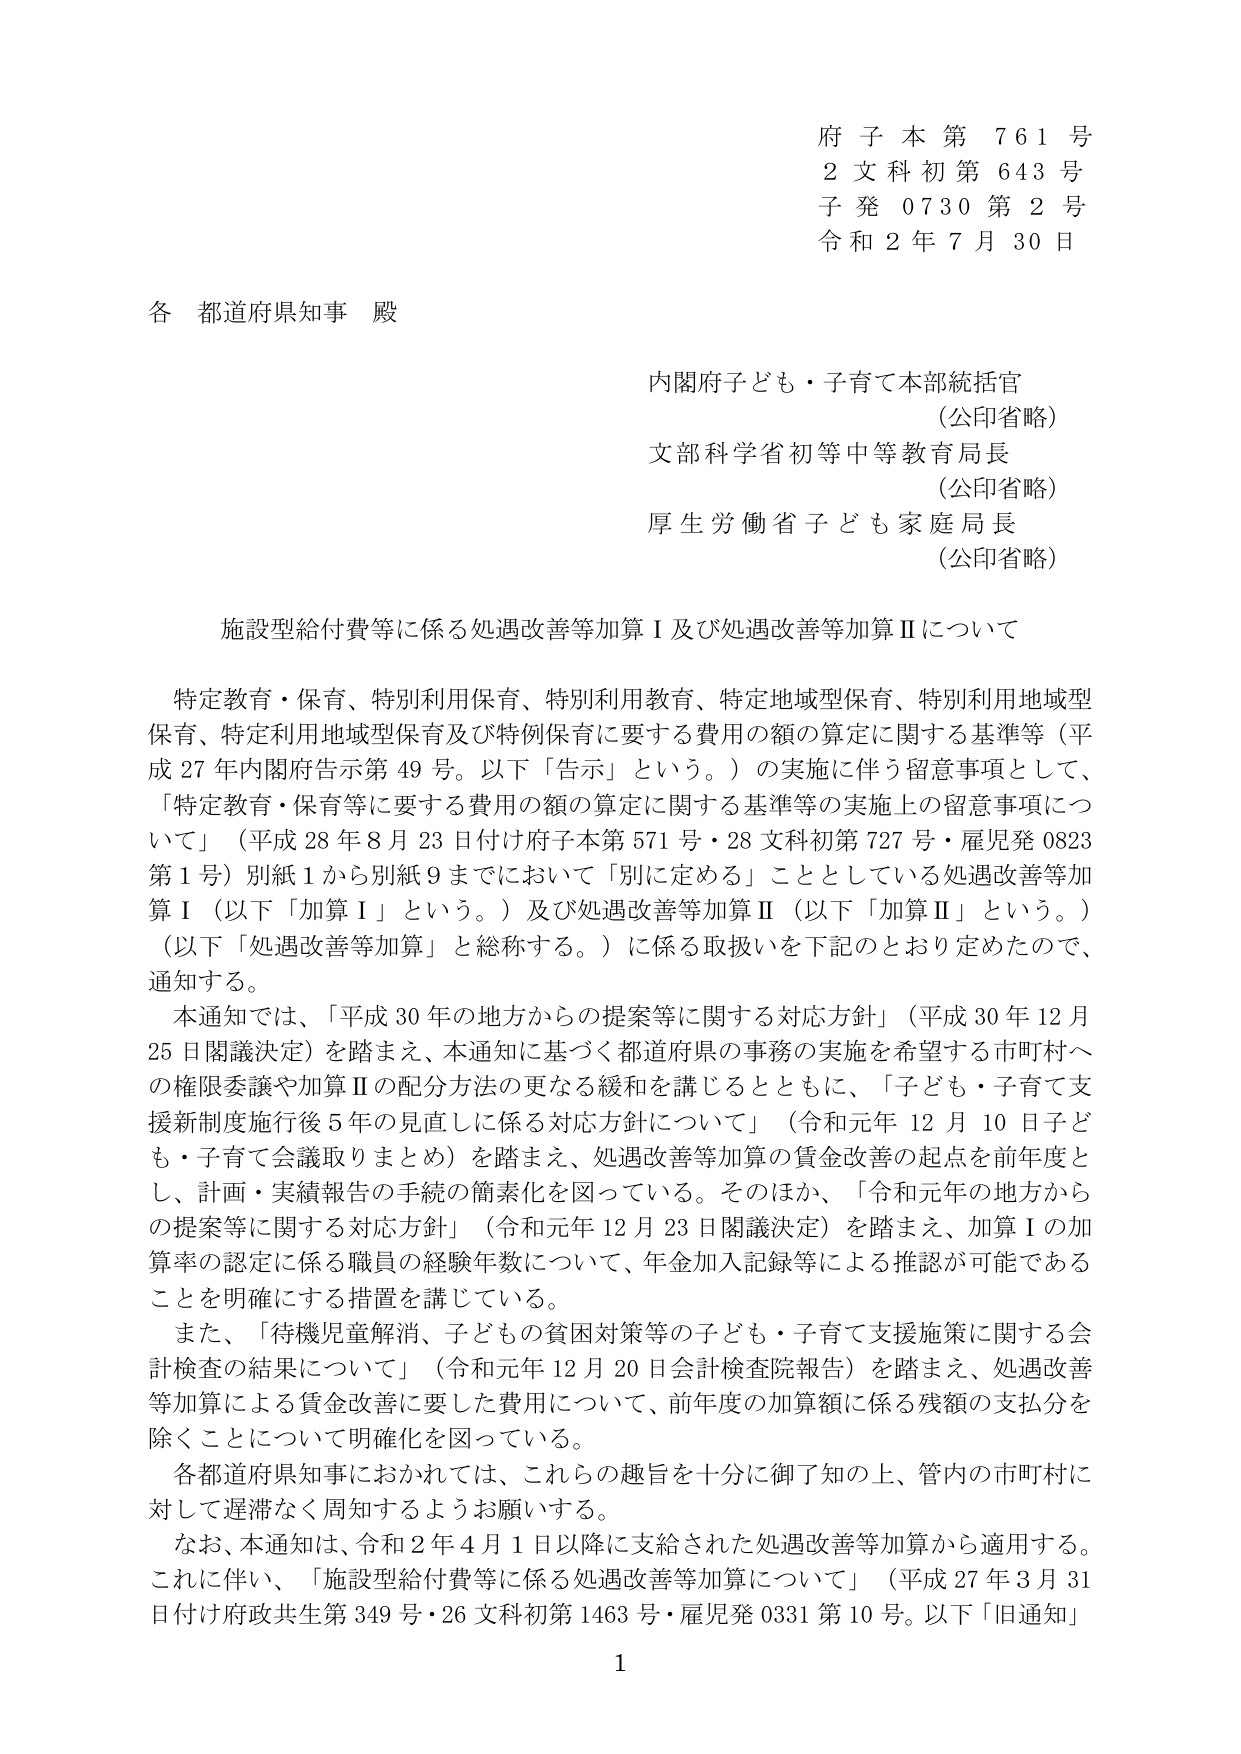
府子本第761号
2文科初第643号
子発0730第2号
令和2年7月30日

各 都道府県知事 殿

内閣府子ども・子育て本部統括官
（公印省略）
文部科学省初等中等教育局長
（公印省略）
厚生労働省子ども家庭局長
（公印省略）

施設型給付費等に係る処遇改善等加算Ⅰ及び処遇改善等加算Ⅱについて

特定教育・保育、特別利用保育、特別利用教育、特定地域型保育、特別利用地域型保育、特定利用地域型保育及び特例保育に要する費用の額の算定に関する基準等（平成27年内閣府告示第49号。以下「告示」という。）の実施に伴う留意事項として、「特定教育・保育等に要する費用の額の算定に関する基準等の実施上の留意事項について」（平成28年8月23日付け府子本第571号・28文科初第727号・雇児発0823第1号）別紙1から別紙9までにおいて「別に定める」こととしている処遇改善等加算Ⅰ（以下「加算Ⅰ」という。）及び処遇改善等加算Ⅱ（以下「加算Ⅱ」という。）（以下「処遇改善等加算」と総称する。）に係る取扱いを下記のとおり定めたので、通知する。

本通知では、「平成30年の地方からの提案等に関する対応方針」（平成30年12月25日閣議決定）を踏まえ、本通知に基づく都道府県の事務の実施を希望する市町村への権限委譲や加算Ⅱの配分方法の更なる緩和を講じるとともに、「子ども・子育て支援新制度施行後5年の見直しに係る対応方針について」（令和元年12月10日子ども・子育て会議取りまとめ）を踏まえ、処遇改善等加算の賃金改善の起点を前年度とし、計画・実績報告の手続の簡素化を図っている。そのほか、「令和元年の地方からの提案等に関する対応方針」（令和元年12月23日閣議決定）を踏まえ、加算Ⅰの加算率の認定に係る職員の経験年数について、年金加入記録等による推認が可能であることを明確にする措置を講じている。

また、「待機児童解消、子どもの貧困対策等の子ども・子育て支援施策に関する会計検査の結果について」（令和元年12月20日会計検査院報告）を踏まえ、処遇改善等加算による賃金改善に要した費用について、前年度の加算額に係る残額の支払分を除くことについて明確化を図っている。

各都道府県知事におかれては、これらの趣旨を十分に御了知の上、管内の市町村に対して遅滞なく周知するようお願いする。

なお、本通知は、令和2年4月1日以降に支給された処遇改善等加算から適用する。これに伴い、「施設型給付費等に係る処遇改善等加算について」（平成27年3月31日付け府政共生第349号・26文科初第1463号・雇児発0331第10号。以下「旧通知」

1